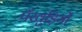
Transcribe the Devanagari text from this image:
पँखुड़ियों